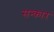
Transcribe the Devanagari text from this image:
सन्कार